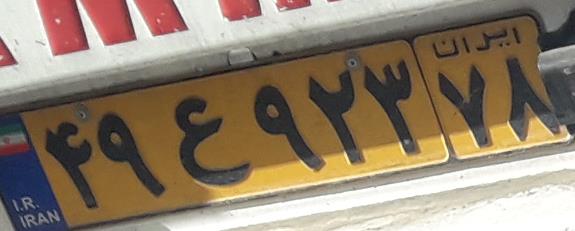
۴۹ع۹۲۳۷۸